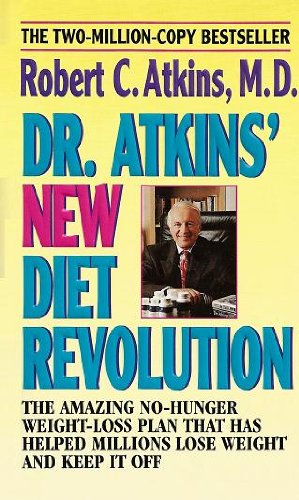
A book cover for dr. atkins' new diet revolution; ROBERT C. ATKINS; Health, Fitness & Dieting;